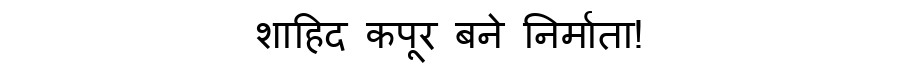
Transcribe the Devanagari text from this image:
शाहिद कपूर बने निर्माता!